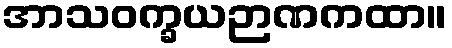
အာသဝက္ခယဉာဏကထာ။